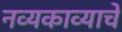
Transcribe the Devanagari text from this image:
नव्यकाव्याचे